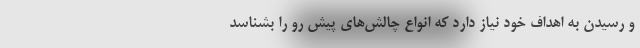
و رسیدن به اهداف خود نیاز دارد که انواع چالش‌های پیش رو را بشناسد